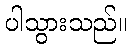
ပါသွားသည်။